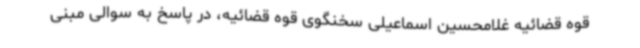
قوه قضائیه غلامحسین اسماعیلی سخنگوی قوه قضائیه، در پاسخ به سوالی مبنی